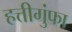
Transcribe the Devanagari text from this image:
हत्तीगुंफा